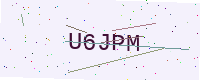
Text: U6JPM